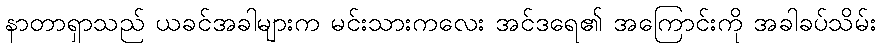
နာတာရှာသည် ယခင်အခါများက မင်းသားကလေး အင်ဒရေ၏ အကြောင်းကို အခါခပ်သိမ်း